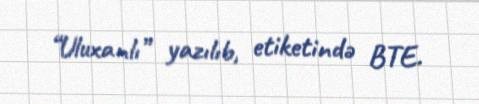
“Uluxanlı” yazılıb, etiketində BTE.